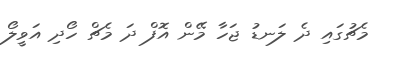
މެޗުގައި ދެ ލަނޑު ޖަހާ މޭން އޮފް ދަ މެޗް ހޯދި އަވީލޯ